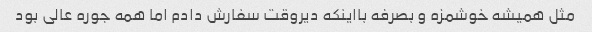
مثل همیشه خوشمزه و بصرفه بااینکه دیروقت سفارش دادم اما همه جوره عالی بود